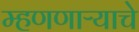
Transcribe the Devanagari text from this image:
म्हणणाऱ्याचे